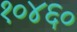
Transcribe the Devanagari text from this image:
१०४६०